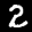
Label: 2